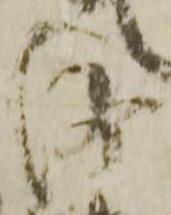
沙